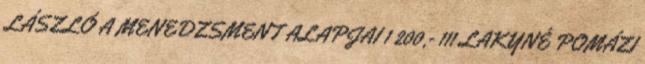
LÁSZLÓ A MENEDZSMENT ALAPJAI 1 200,- 111 LAKYNÉ POMÁZI